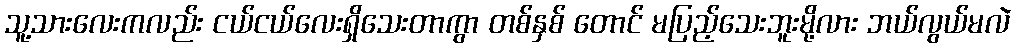
သူ့သားလေးကလည်း ငယ်ငယ်လေးရှိသေးတာကွာ တစ်နှစ် တောင် မပြည့်သေးဘူးမို့လား ဘယ်လွယ်မလဲ